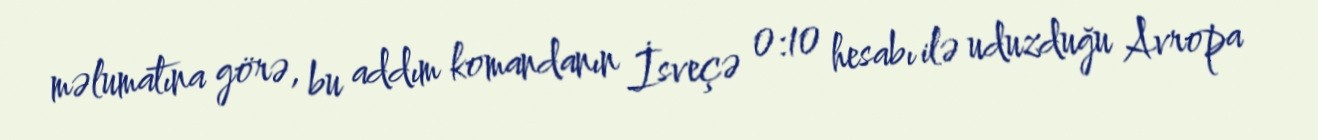
məlumatına görə, bu addım komandanın İsveçə 0:10 hesabı ilə uduzduğu Avropa